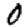
Digit: 0